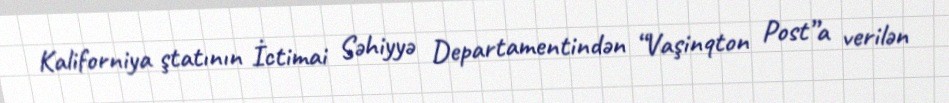
Kaliforniya ştatının İctimai Səhiyyə Departamentindən “Vaşinqton Post”a verilən